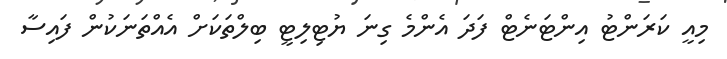
މިއީ ކަރަންޓު އިންޓަނެޓް ފަދަ އެންމެ ގިނަ ޔުޓިލިޓީ ބިލްތަކަށް އެއްތަނަކުން ފައިސާ